Annual report on the working of the mental hospitals in the Madras Presidency - 1912-1932
Year: 1912
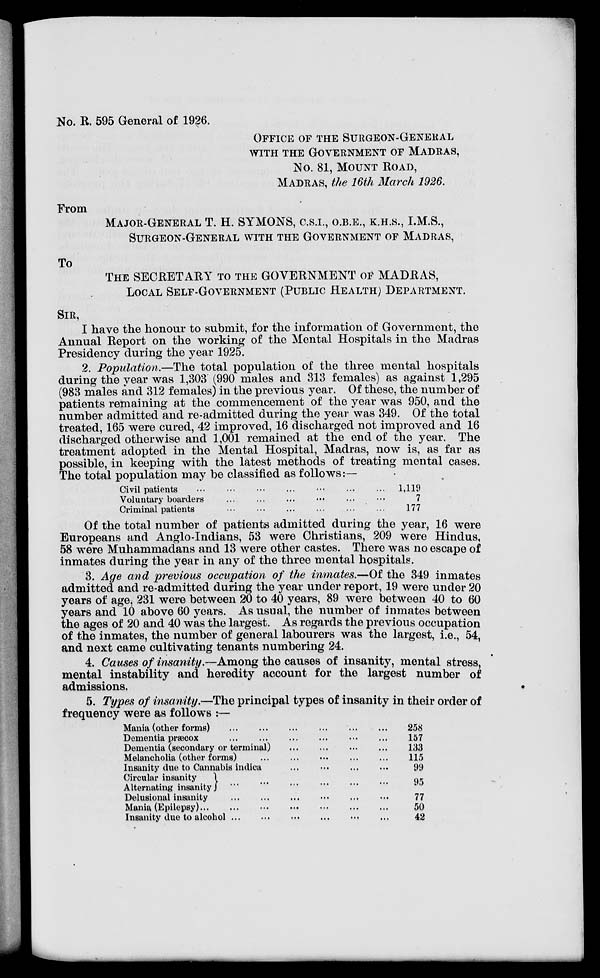
No. R. 595 General of 1926.
OFFICE OF THE SURGEON-GENERAL
WITH THE GOVERNMENT OF MADRAS,
No. 81, MOUNT ROAD,
MADRAS, the 16th March 1926.
From
MAJOR-GENERAL T. H. SYMONS, C.S.I.,O.B.E., K.H.S., I.M.S.,
SURGEON-GENERAL WITH THE GOVERNMENT OF MADRAS,
To
THE SECRETARY TO THE GOVERNMENT OF MADRAS,
LOCAL SELF-GOVERNMENT (PUBLIC HEALTH) DEPARTMENT.
SIR,
I have the honour to submit, for the information of Government, the
Annual Report on the working of the Mental Hospitals in the Madras
Presidency during the year 1925.
2. Population.—The total population of the three mental hospitals
during the year was 1,303 (990 males and 313 females) as against 1,295
(983 males and 312 females) in the previous year. Of these, the number of
patients remaining at the commencement of the year was 950, and the
number admitted and re-admitted during the year was 349. Of the total
treated, 165 were cured, 42 improved, 16 discharged not improved and 16
discharged otherwise and 1,001 remained at the end of the year. The
treatment adopted in the Mental Hospital, Madras, now is, as far as
possible, in keeping with the latest methods of treating mental cases.
The total population may be classified as follows:—
Civil patients ... ... ... ... ... ... ...
Voluntary boarders ... ... ... ... ... ...
Criminal patients ... ... ... ... ... ...
1,119
7
177
Of the total number of patients admitted during the year, 16 were
Europeans and Anglo-Indians, 53 were Christians, 209 were Hindus,
58 were Muhammadans and 13 were other castes. There was no escape of
inmates during the year in any of the three mental hospitals.
3. Age and previous occupation of the inmates.—Of the 349 inmates
admitted and re-admitted during the year under report, 19 were under 20
years of age, 231 were between 20 to 40 years, 89 were between 40 to 60
years and 10 above 60 years. As usual, the number of inmates between
the ages of 20 and 40 was the largest. As regards the previous occupation
of the inmates, the number of general labourers was the largest, i.e., 54,
and next came cultivating tenants numbering 24.
4. Causes of insanity.—Among the causes of insanity, mental stress,
mental instability and heredity account for the largest number of
admissions.
5. Types of insanity.—The principal types of insanity in their order of
frequency were as follows :—
Mania (other forms) ... ... ... ... ... ...
Dementia præcox
...
...
...
...
...
...
Dementia (secondary or terminal) ... ... ... ...
Melancholia (other forms)
...
...
...
...
...
Insanity due to Cannabis indica
...
...
...
...
Circular insanity
Alternating insanity
... ...
Delusional insanity
...
...
Mania (Epilepsy)
...
...
...
Insanity due to alcohol
...
...
258
157
133
115
99
95
77
50
42